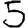
Digit: 5